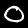
Label: 0